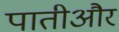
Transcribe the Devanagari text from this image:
पातीऔर